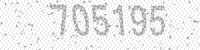
Solution: 705195